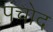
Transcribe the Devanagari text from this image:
पंचोद